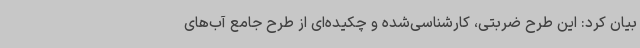
بیان کرد: این طرح ضربتی، کارشناسی‌شده و چکیده‌ای از طرح جامع آب‌های